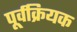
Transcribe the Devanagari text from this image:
पूर्वक्रियक